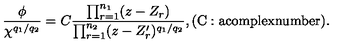
\frac { \phi } { \chi ^ { q _ { 1 } / q _ { 2 } } } = C \frac { \prod _ { r = 1 } ^ { n _ { 1 } } ( z - Z _ { r } ) } { \prod _ { r = 1 } ^ { n _ { 2 } } ( z - Z _ { r } ^ { \prime } ) ^ { q _ { 1 } / q _ { 2 } } } , \mathrm { ( C : a c o m p l e x n u m b e r ) } .